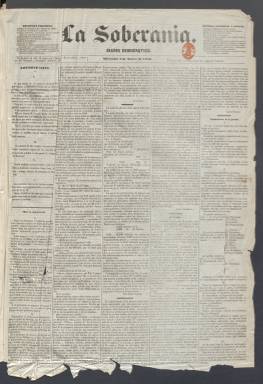
Título: La Soberanía (Madrid)
Colección: Periódicos
Ámbito geográfico: Madrid
Lugar de publicación: Madrid
Fechas: 02/01/1856-30/01/1856